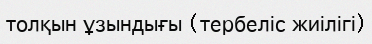
толқын ұзындығы (тербеліс жиілігі)